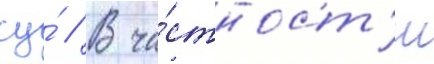
су́ // В ча́стност'и